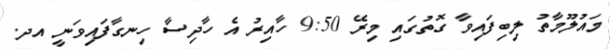
މައުލޫމާތު ލިބިފައިވާ ގޮތުގައި މިރޭ 9:50 ހާއިރު އެ ހާދިސާ ހިނގާފައިވަނީ އދ.